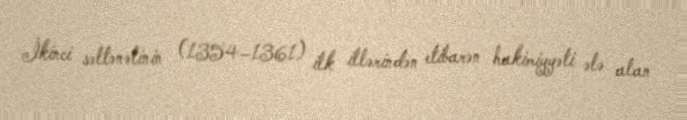
İkinci səltənətinin (1354–1361) ilk illərindən etibarən hakimiyyəti ələ alan